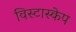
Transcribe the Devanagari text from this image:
विस्टास्केप